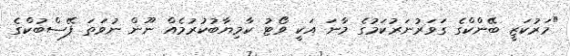
"މަރުކަޒީ ބޭންކްގެ ގަވަރުނަރުކަމުގެ މާނަ އަކީ ވޯޓު ކާމިޔާބުކުރުމެއް ނޫން ނުވަތަ ފޭސްބުކްގެ